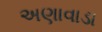
અણાવાડા